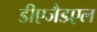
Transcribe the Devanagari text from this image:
डीएजैडएल